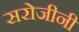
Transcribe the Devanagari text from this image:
सरोजीनी